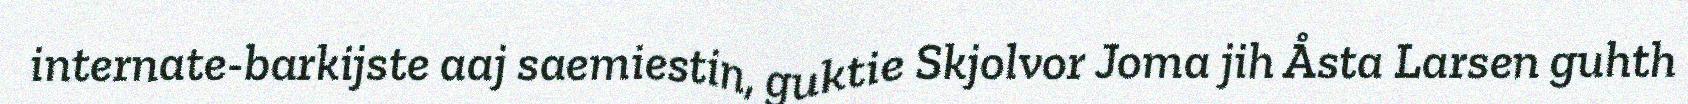
internate-barkijste aaj saemiestin, guktie Skjolvor Joma jih Åsta Larsen guhth